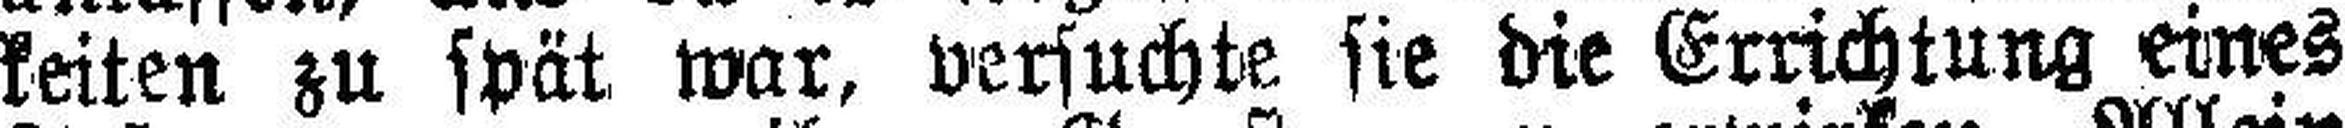
keiten zu spät war, versuchte sie die Errichtung eines